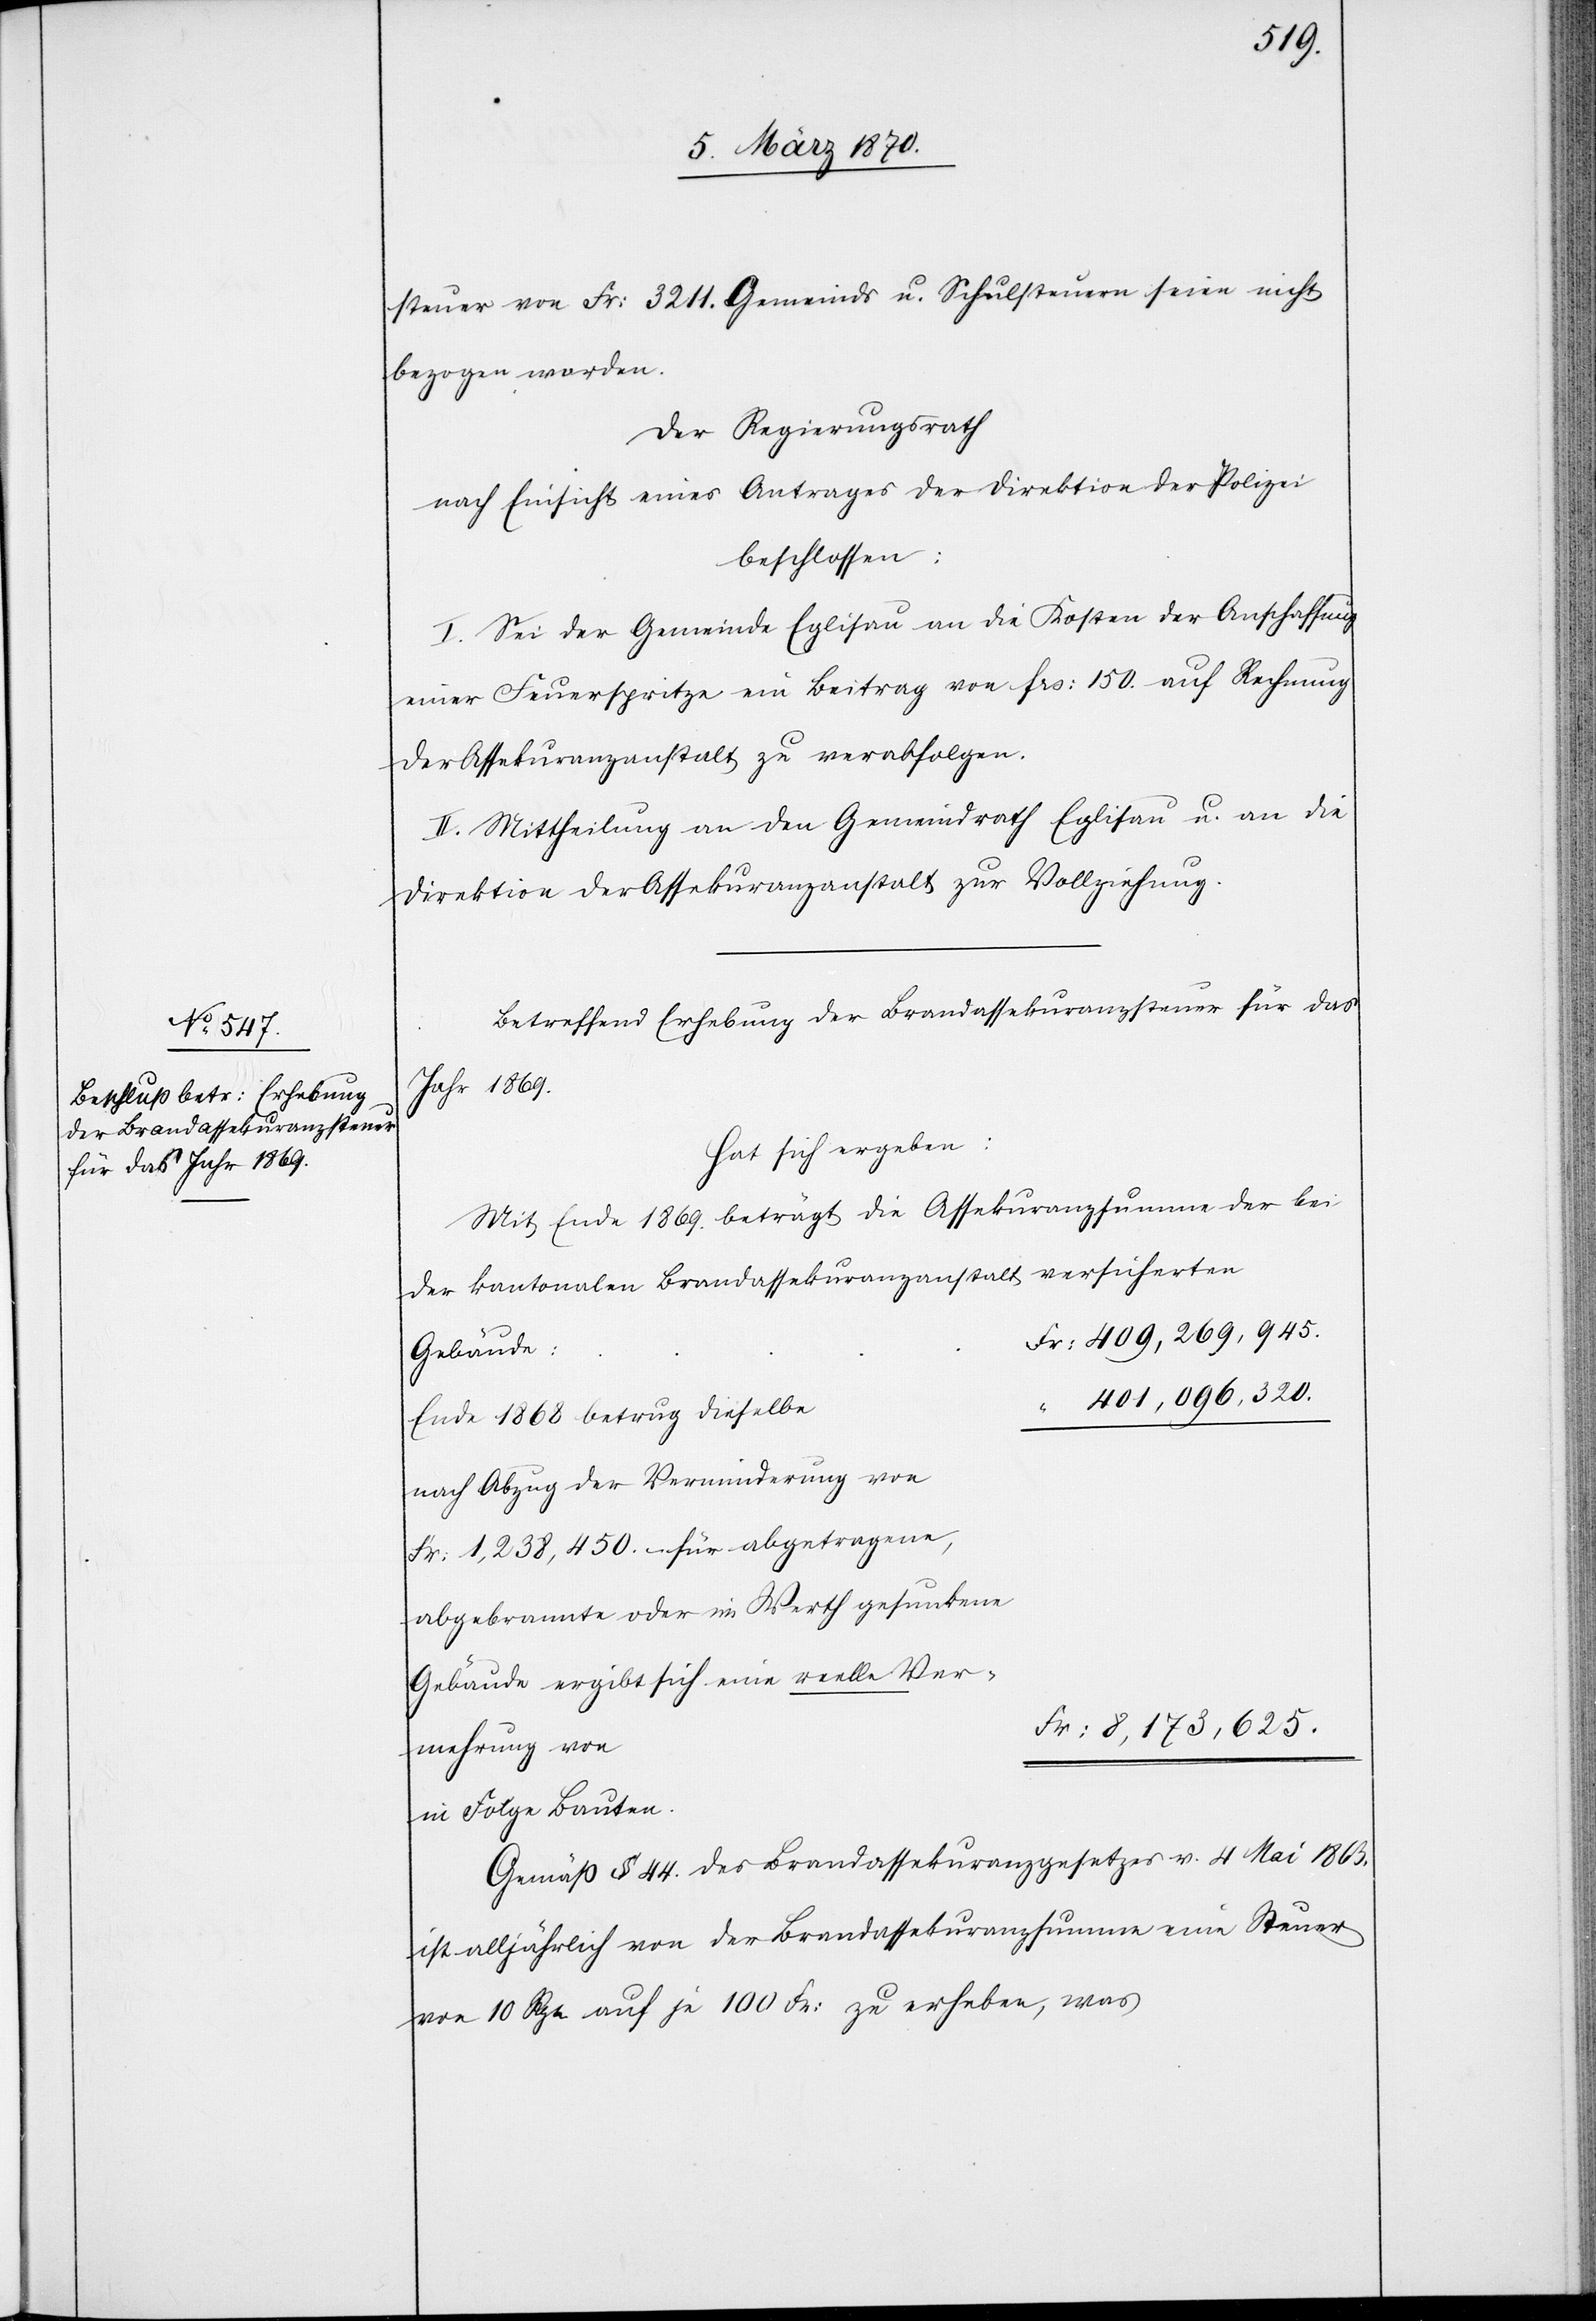
steuer von Fr: 3211. Gemeinds u. Schulsteuern seien nicht
bezogen worden.
Der Regierungsrath
nach Einsicht eines Antrages der Direktion der Polizei
beschlossen:
I. Sei der Gemeinde Eglisau an die Kosten der Anschaffung
einer Feuerspritze ein Beitrag von frs: 150 auf Rechnung
der Assekuranzanstalt zu verabfolgen.
II. Mittheilung an den Gemeindrath Eglisau u. an die
Direktion der Assekuranzanstalt zur Vollziehung.
Betreffend Erhebung der Brandassekuranzsteuer für das
Jahr 1869.
Hat sich ergeben:
Mit Ende 1869. beträgt die Assekuranzsumme der bei
der kantonalen Brandassekuranzanstalt versicherten
409,269,945.
Gebäude:
401,096,320.
Ende 1868 betrug dieselbe
nach Abzug der Verminderung von
Fr: 1,238,450. – für abgetragene,
abgebrannte oder in Werth gesunkene
Gebäude ergibt sich eine reelle Ver¬
8,173,625.
mehrung von
in Folge Bauten.
Gemäß § 44. des Brandassekuranzgesetzes v. 4 Mai 1863.
ist alljährlich von der Brandassekuranzsumme eine Steuer
von 10 Rpn auf je 100 Fr: zu erheben, was